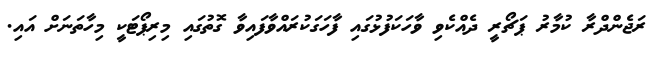
ރަޖެންދްރާ ކުމާރު ޕަޗޯރީ ދެއްކެވި ވާހަކަފުޅުގައި ފާހަގަކުރައްވާފައިވާ ގޮތުގައި މިރިޕޯޓަކީ މިހާތަނަށް އައި.